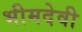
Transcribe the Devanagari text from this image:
भीमदेवी